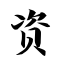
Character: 资